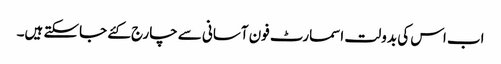
اب اس کی بدولت اسمارٹ فون آسانی سے چارج کئے جاسکتے ہیں۔